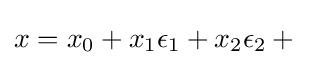
x=x_{0}+x_{1}\epsilon _{1}+x_{2}\epsilon _{2}+{}